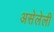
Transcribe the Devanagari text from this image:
असेलेली